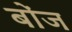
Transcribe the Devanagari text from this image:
बोंज